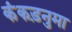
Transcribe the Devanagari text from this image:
कंकड़नुमा